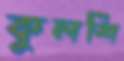
কুলশি